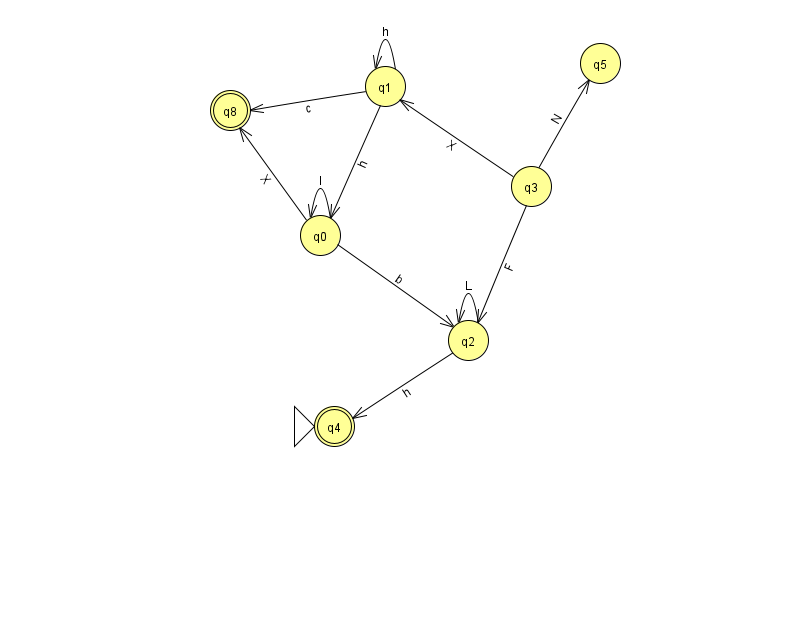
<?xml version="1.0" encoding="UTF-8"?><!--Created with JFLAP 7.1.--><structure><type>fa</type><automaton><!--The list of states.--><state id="0" name="q0"><x>320.0</x><y>222.0</y></state><state id="1" name="q1"><x>385.0</x><y>73.0</y></state><state id="2" name="q2"><x>468.0</x><y>327.0</y></state><state id="3" name="q3"><x>531.0</x><y>173.0</y></state><state id="4" name="q4"><x>334.0</x><y>413.0</y><initial/><final/></state><state id="5" name="q5"><x>600.0</x><y>50.0</y></state><state id="8" name="q8"><x>230.0</x><y>97.0</y><final/></state><!--The list of transitions.--><transition><from>0</from><to>2</to><read>b</read></transition><transition><from>1</from><to>8</to><read>c</read></transition><transition><from>3</from><to>2</to><read>F</read></transition><transition><from>1</from><to>0</to><read>h</read></transition><transition><from>1</from><to>1</to><read>h</read></transition><transition><from>2</from><to>4</to><read>h</read></transition><transition><from>3</from><to>5</to><read>N</read></transition><transition><from>0</from><to>0</to><read>l</read></transition><transition><from>0</from><to>8</to><read>X</read></transition><transition><from>2</from><to>2</to><read>L</read></transition><transition><from>3</from><to>1</to><read>X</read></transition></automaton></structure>